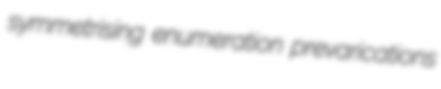
symmetrising enumeration prevarications